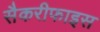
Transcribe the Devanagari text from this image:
सैकरीफाइस